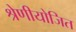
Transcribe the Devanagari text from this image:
श्रेणीयोजित